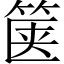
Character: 箧